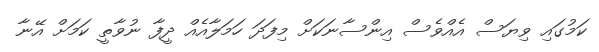
ކަމުގައި ވިޔަސް އެއްވެސް އިންސާނަކަށް މިފަދަ ހަމަލާއެއް ދީފާ ނުވާތީ ކަމަށް އޭނާ